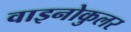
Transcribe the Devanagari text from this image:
वाइनोकुलर